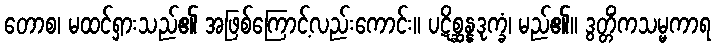
တောစ၊ မထင်ရှားသည်၏ အဖြစ်ကြောင့်လည်းကောင်း။ ပဋိစ္ဆန္နဒုက္ခံ၊ မည်၏။ ဒွတ္တိံကသမ္မကာရ